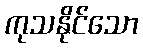
ကုသနိုင်သော